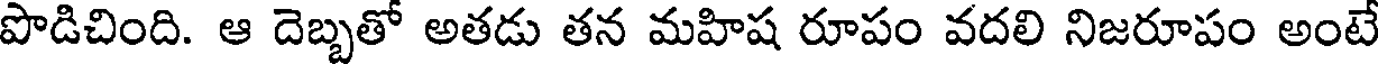
పొడిచింది. ఆ దెబ్బతో అతడు తన మహిష రూపం వదలి నిజరూపం అంటే